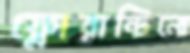
ফ্লোরান্টিনো